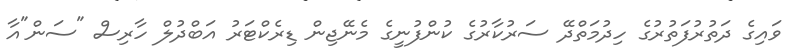
ވައިގެ ދަތުރުފަތުރުގެ ހިދުމަތްދޭ ސަރުކާރުގެ ކުންފުނީގެ މެނޭޖިން ޑިރެކްޓަރު އަބްދުލް ހާރިސް "ސަން"އާ